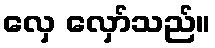
လှေ လှော်သည်။